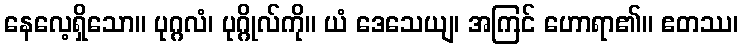
နေလေ့ရှိသော။ ပုဂ္ဂလံ၊ ပုဂ္ဂိုလ်ကို။ ယံ ဒေသေယျ၊ အကြင် ဟောရာ၏။ ဧတဿ၊